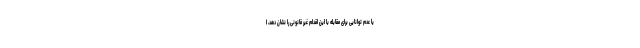
یا عدم توانایی برای مقابله با این اقدام غیر قانونی را نشان دهد، ا